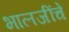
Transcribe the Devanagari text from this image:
भालजींचे